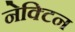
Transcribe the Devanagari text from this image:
नेक्टिन